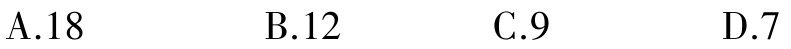
A.18
B.12
C.9
D.7